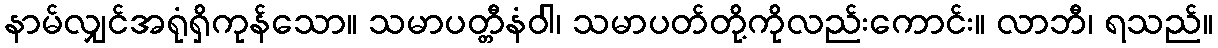
နာမ်လျှင်အရုံရှိကုန်သော။ သမာပတ္တီနံဝါ၊ သမာပတ်တို့ကိုလည်းကောင်း။ လာဘီ၊ ရသည်။